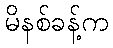
မိနစ်ခန့်က